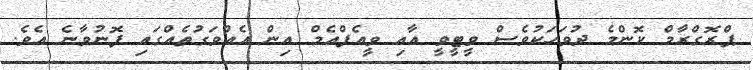
ޕްރޮގްރާމް ކޮންމެ ދުވަހަކުވެސް ވީޓީވީ އާއި ވީއެފްއެމް އިން އެއްވަގުތެއްގައި ފޮނުވާނެ އެވެ.